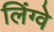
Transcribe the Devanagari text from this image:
लिंग्वे